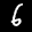
Label: 6